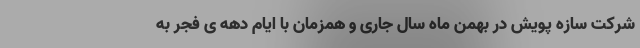
شرکت سازه پویش در بهمن ماه سال جاری و همزمان با ایام دهه ی فجر به